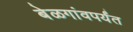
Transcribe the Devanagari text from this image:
बेळगांवपर्यंत